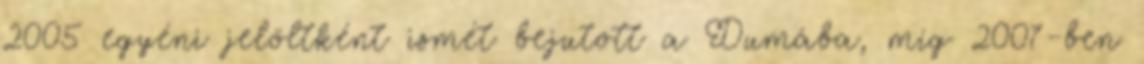
2005 egyéni jelöltként ismét bejutott a Dumába, míg 2007-ben